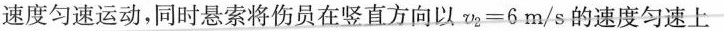
速度匀速运动，同时悬索将伤员在竖直方向以v2=6m/s的速度匀速上